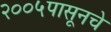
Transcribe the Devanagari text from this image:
२००५पासूनचे